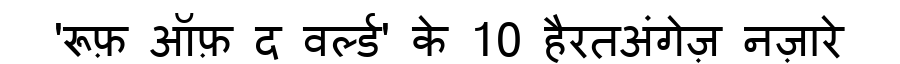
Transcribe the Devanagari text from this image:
'रूफ़ ऑफ़ द वर्ल्ड' के 10 हैरतअंगेज़ नज़ारे